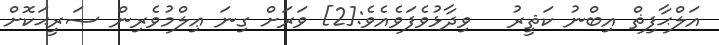
އަލްޙާފިޡް އިބްނު ކަޘީރު   ވިދާޅުވެފަވެއެވެ:[2] ވަރަށް ގިނަ ޢިލްމުވެރިން ޞަރީޙަކޮށް